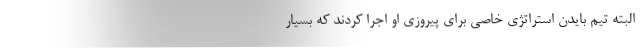
البته تیم بایدن استراتژی خاصی برای پیروزی او اجرا کردند که بسیار